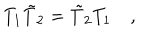
LaTeX: T _ { 1 } \tilde { T } _ { 2 } = \tilde { T } _ { 2 } T _ { 1 } \quad ,